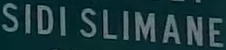
SIDI SLIMANE